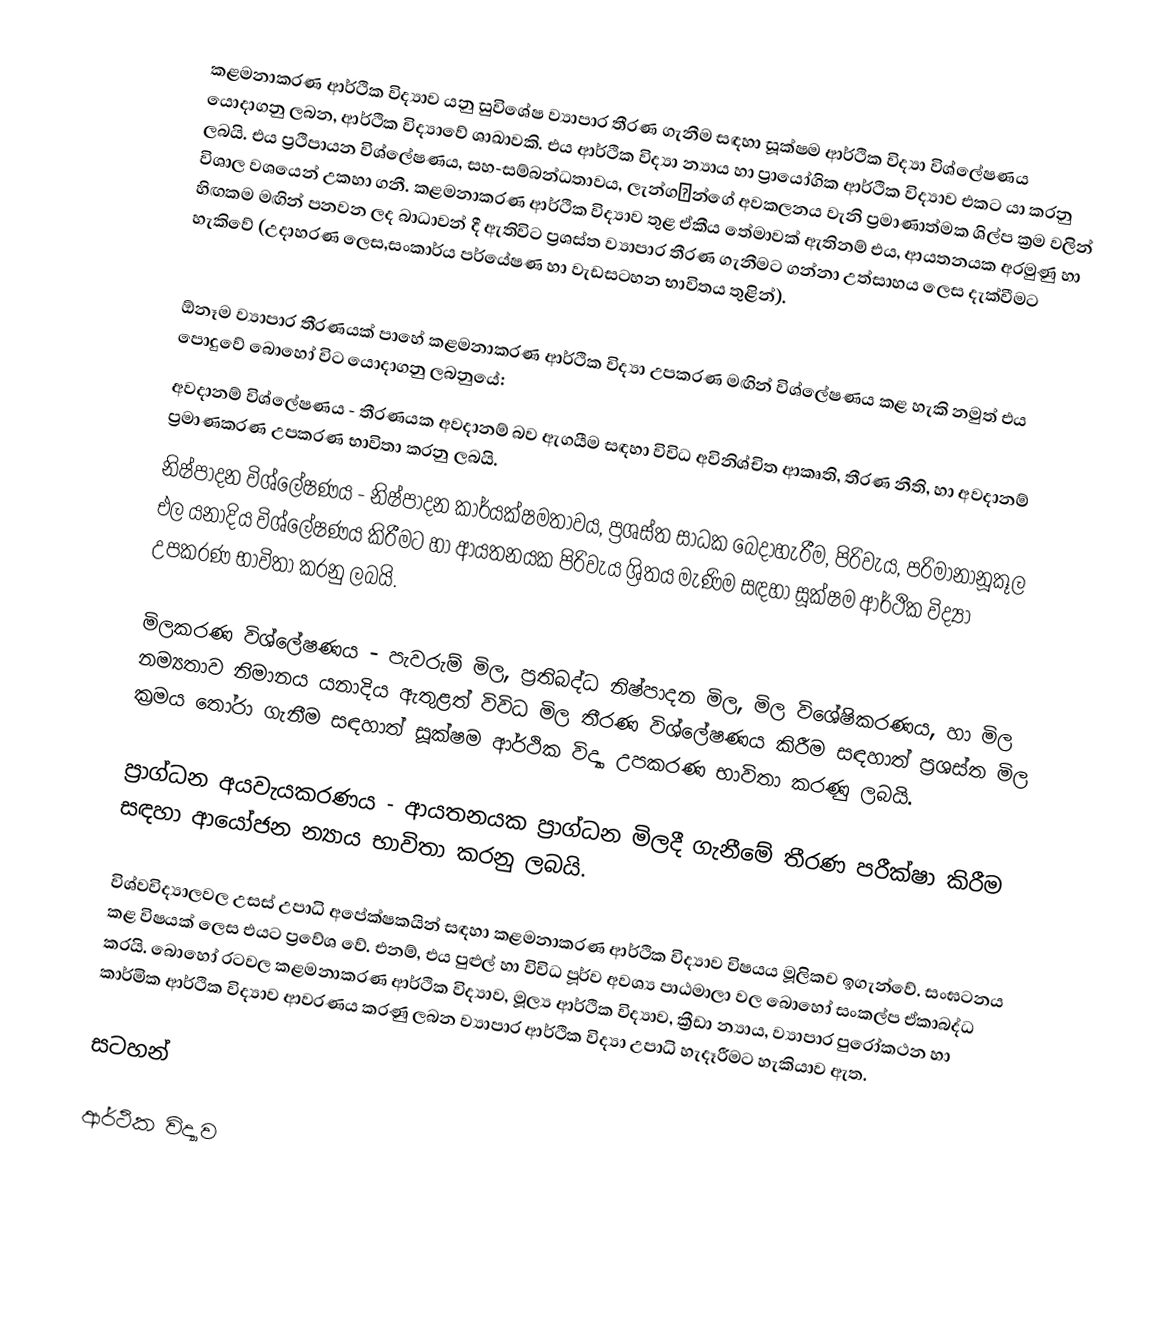
කළමනාකරණ ආර්ථික විද්‍යාව යනු සුවිශේෂ ව්‍යාපාර තීරණ ගැනීම සඳහා සූක්ෂම ආර්ථික විද්‍යා විශ්ලේෂණය යොදාගනු ලබන, ආර්ථික විද්‍යාවේ ශාඛාවකි. එය ආර්ථික විද්‍යා න්‍යාය හා ප්‍රායෝගික ආර්ථික විද්‍යාව එකට යා කරනු ලබයි. එය ප්‍රථිපායන විශ්ලේෂණය, සහ-සම්බන්ධතාවය, ලැන්ගන්ගේ අවකලනය වැනි ප්‍රමාණාත්මක ශිල්ප ක්‍රම වලින් විශාල වශයෙන් උකහා ගනී. කළමනාකරණ ආර්ථික විද්‍යාව තුළ ඒකීය තේමාවක් ඇතිනම් එය, ආයතනයක අරමුණු හා හිඟකම මඟින් පනවන ලද බාධාවන් දී ඇතිවිට ප්‍රශස්ත ව්‍යාපාර තීරණ ගැනීමට ගන්නා උත්සාහය ලෙස දැක්වීමට හැකිවේ (උදාහරණ ලෙස,සංකාර්ය පර්යේෂණ හා වැඩසටහන භාවිතය තුළින්).

ඕනෑම ව්‍යාපාර තීරණයක් පාහේ කළමනාකරණ ආර්ථික විද්‍යා උපකරණ මඟින් විශ්ලේෂණය කළ හැකි නමුත් එය පොදුවේ බොහෝ විට යොදාගනු ලබනුයේ:
 අවදානම් විශ්ලේෂණය - තීරණයක අවදානම් බව ඇගයීම සඳහා විවිධ අවිනිශ්චිත ආකෘති, තීරණ නීති, හා අවදානම් ප්‍රමාණකරණ උපකරණ භාවිතා කරනු ලබයි.
 නිෂ්පාදන විශ්ලේෂණය - නිෂ්පාදන කාර්යක්ෂමතාවය, ප්‍රශස්ත සාධක බෙදාහැරීම, පිරිවැය, පරිමානානූකූල එල යනාදිය විශ්ලේෂණය කිරීමට හා ආයතනයක පිරිවැය ශ්‍රිතය මැණිම සඳහා සූක්ෂම ආර්ථික විද්‍යා උපකරණ භාවිතා කරනු ලබයි.

මිලකරණ විශ්ලේෂණය - පැවරුම් මිල, ප්‍රතිබද්ධ නිෂ්පාදන මිල, මිල විශේෂිකරණය, හා මිල නම්‍යතාව නිමානය යනාදිය ඇතුළත් විවිධ මිල තීරණ විශ්ලේෂණය කිරීම සඳහාත් ප්‍රශස්ත මිල ක්‍රමය තෝරා ගැනීම සඳහාත් සූක්ෂම ආර්ථික විද්‍යා උපකරණ භාවිතා කරණු ලබයි.

ප්‍රාග්ධන අයවැයකරණය - ආයතනයක ප්‍රාග්ධන මිලදී ගැනීමේ තීරණ පරීක්ෂා කිරීම සඳහා ආයෝජන න්‍යාය භාවිතා කරනු ලබයි.

විශ්වවිද්‍යාලවල උසස් උපාධි අපේක්ෂකයින් සඳහා කළමනාකරණ ආර්ථික විද්‍යාව විෂයය මූලිකව ඉගැන්වේ. සංඝටනය කළ විෂයක් ලෙස එයට ප්‍රවේශ වේ. එනම්, එය පුළුල් හා විවිධ පූර්ව අවශ්‍ය පාඨමාලා වල බොහෝ සංකල්ප ඒකාබද්ධ කරයි. බොහෝ රටවල කළමනාකරණ ආර්ථික විද්‍යාව, මූල්‍ය ආර්ථික විද්‍යාව, ක්‍රීඩා න්‍යාය, ව්‍යාපාර පුරෝකථන හා කාර්මික ආර්ථික විද්‍යාව ආවරණය කරණු ලබන ව්‍යාපාර ආර්ථික විද්‍යා උපාධි හැදෑරීමට හැකියාව ඇත.

සටහන්

ආර්ථික විද්‍යාව